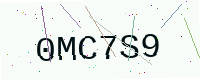
Text: 0MC7S9